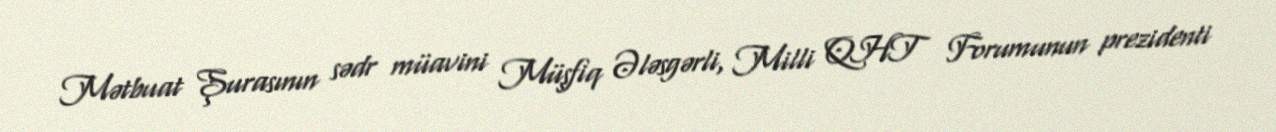
Mətbuat Şurasının sədr müavini Müşfiq Ələsgərli, Milli QHT Forumunun prezidenti